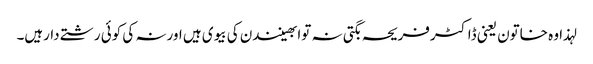
لہذا وہ خاتون یعنی ڈاکٹرفریحہ بگتی نہ توابھینندن کی بیوی ہیں اورنہ کی کوئی رشتے دارہیں۔